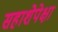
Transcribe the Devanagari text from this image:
सहाशेपेक्षा